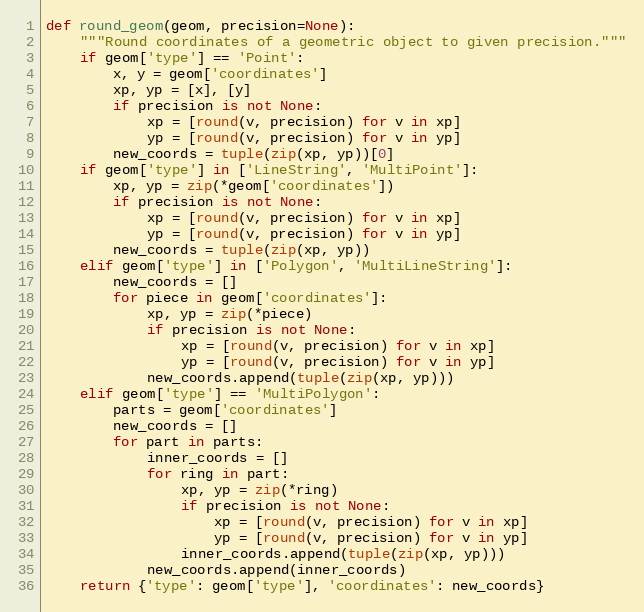
Language: Python
def round_geom(geom, precision=None):
    """Round coordinates of a geometric object to given precision."""
    if geom['type'] == 'Point':
        x, y = geom['coordinates']
        xp, yp = [x], [y]
        if precision is not None:
            xp = [round(v, precision) for v in xp]
            yp = [round(v, precision) for v in yp]
        new_coords = tuple(zip(xp, yp))[0]
    if geom['type'] in ['LineString', 'MultiPoint']:
        xp, yp = zip(*geom['coordinates'])
        if precision is not None:
            xp = [round(v, precision) for v in xp]
            yp = [round(v, precision) for v in yp]
        new_coords = tuple(zip(xp, yp))
    elif geom['type'] in ['Polygon', 'MultiLineString']:
        new_coords = []
        for piece in geom['coordinates']:
            xp, yp = zip(*piece)
            if precision is not None:
                xp = [round(v, precision) for v in xp]
                yp = [round(v, precision) for v in yp]
            new_coords.append(tuple(zip(xp, yp)))
    elif geom['type'] == 'MultiPolygon':
        parts = geom['coordinates']
        new_coords = []
        for part in parts:
            inner_coords = []
            for ring in part:
                xp, yp = zip(*ring)
                if precision is not None:
                    xp = [round(v, precision) for v in xp]
                    yp = [round(v, precision) for v in yp]
                inner_coords.append(tuple(zip(xp, yp)))
            new_coords.append(inner_coords)
    return {'type': geom['type'], 'coordinates': new_coords}